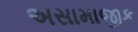
અસામાજીક